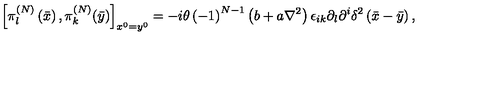
\left[ \pi _ { l } ^ { \left( N \right) } \left( \bar { x } \right) , \pi _ { k } ^ { \left( N \right) } ( \bar { y } ) \right] _ { x ^ { 0 } = y ^ { 0 } } = - i \theta \left( - 1 \right) ^ { N - 1 } \left( b + a \nabla ^ { 2 } \right) \epsilon _ { i k } \partial _ { l } \partial ^ { i } \delta ^ { 2 } \left( \bar { x } - \bar { y } \right) ,